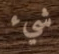
شيء